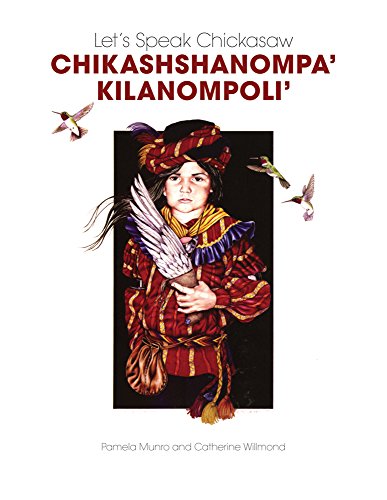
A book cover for Let's Speak Chickasaw: ChikashshanompaEE KilanompoliEE; Catherine Willmond; Reference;